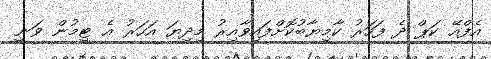
އެފްއޭ ކަޕް ދެ ފަހަރު ކާމިޔާބުކޮށްފައިވާއިރު މިދިޔަ އަހަރު އެ ޓީމުން ވަނީ